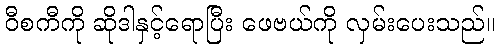
ဝီစကီကို ဆိုဒါနှင့်ရောပြီး ဖေဗယ်ကို လှမ်းပေးသည်။